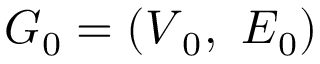
G _ { 0 } = ( \boldsymbol { V } _ { 0 } , \ \boldsymbol { E } _ { 0 } )